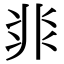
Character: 𩇨